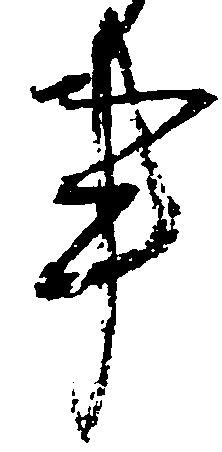
事